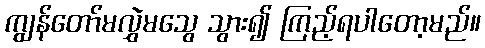
ကျွန်တော်မလွှဲမသွေ သွား၍ ကြည့်ရပါတော့မည်။